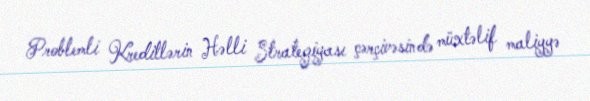
Problemli Kreditlərin Həlli Strategiyası çərçivəsində müxtəlif maliyyə